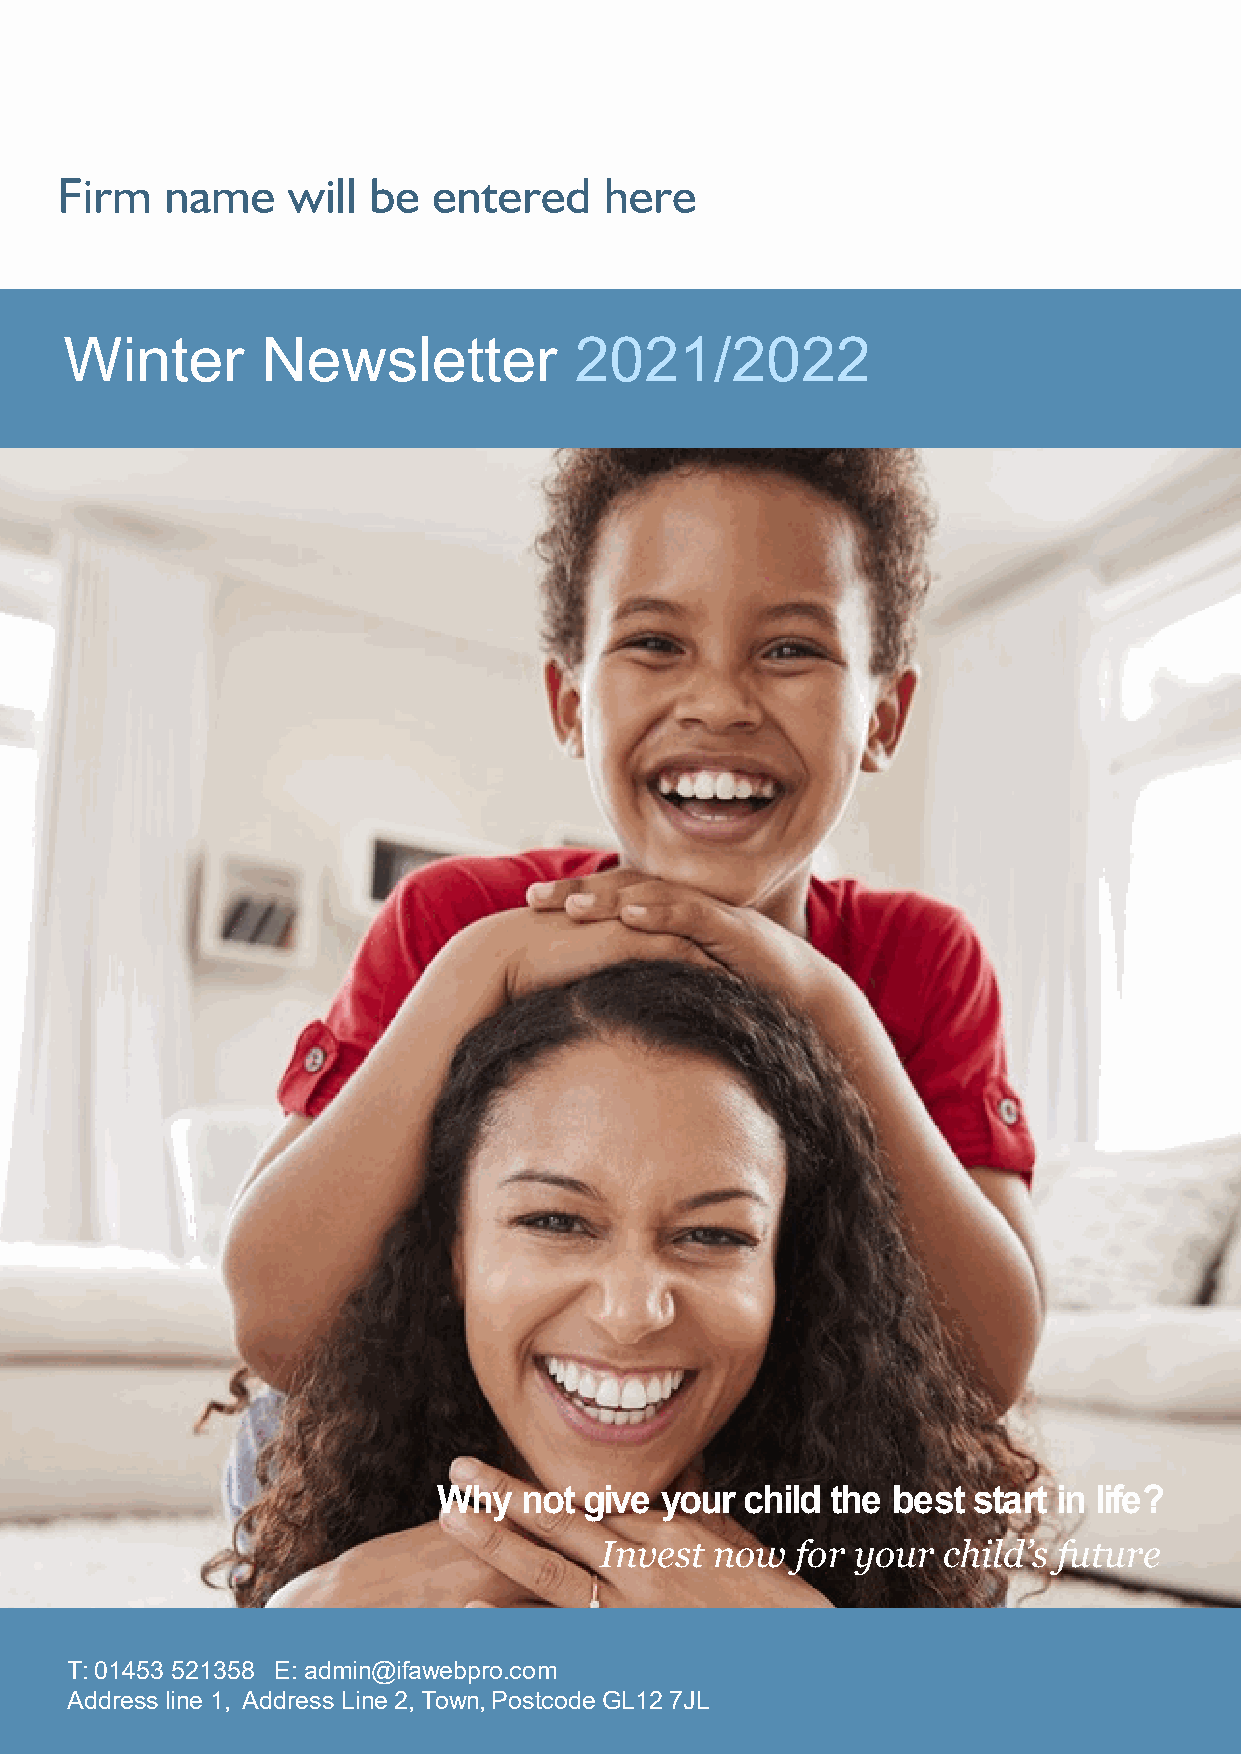
Firm   name    will be   entered    here
 Winter       Newsletter           2021/2022
 Give your child the best start in life
 Why   not give your child the best start in life?
 Invest now   for your child’s future
 T: 01453 521358 E: admin@ifawebpro.com
 Address line 1, Address Line 2, Town, Postcode GL12 7JL